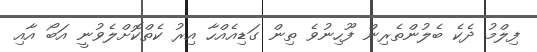
ފިލްމު ދެކެ ބެލުންތެރިން ފޫހިނުވެ ތިން ގަޑިއެއްހާ އިރު ކެތްކޮށްލެވުނީ އަބޯ އާއި